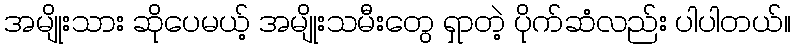
အမျိုးသား ဆိုပေမယ့် အမျိုးသမီးတွေ ရှာတဲ့ ပိုက်ဆံလည်း ပါပါတယ်။